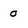
Character: 0